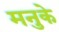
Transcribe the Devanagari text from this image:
मनुके